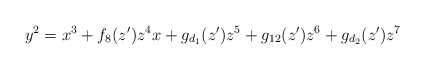
\begin{align*}y^2=x^3+f_8(z^{\prime})z^4x+g_{d_1}(z^{\prime})z^5+g_{12}(z^{\prime})z^6+g_{d_2}(z^{\prime})z^7 \end{align*}